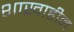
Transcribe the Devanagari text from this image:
शाखाहीन